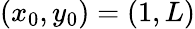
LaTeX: (x_{0},y_{0})=(1,L)